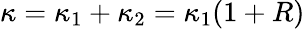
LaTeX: \kappa=\kappa_{1}+\kappa_{2}=\kappa_{1}(1+R)